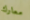
معارك